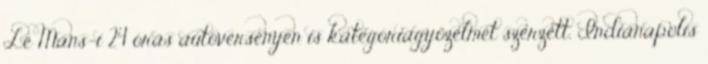
Le Mans-i 24 órás autóversenyen is kategóriagyőzelmet szerzett. Indianapolis